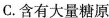
C.含有大量糖原